Lunatic asylums Madras 1877-1891 - 1877-1891
Year: 1877
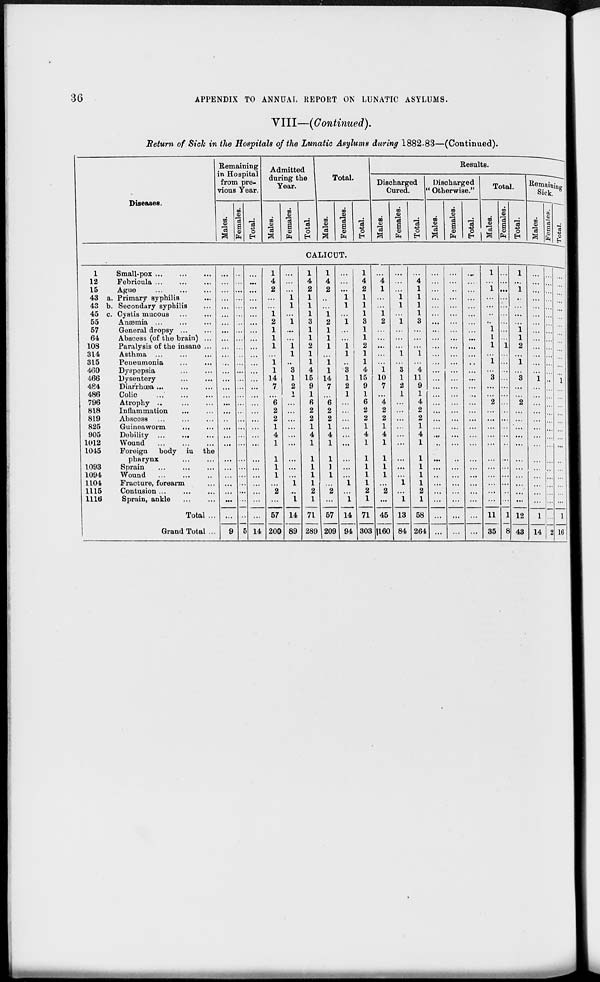
36
APPENDIX TO ANNUAL REPORT ON LUNATIC ASYLUMS.
VIII—(Continued).
Return of Sick in the Hospitals of the Lunatic Asylums during 1882-83—(Continued).
Diseases.
Remaining
from pre-
vious Year.
Males.
Females.
Total.
Admitted
during the
Year.
Males.
Females.
Total.
Total.
Males.
Females.
Total.
Results.
Discharged
Cured.
Males.
Females.
Total.
Discharged
" Otherwise."
Males.
Females.
Total.
Total.
Males.
Females.
Total.
Remaining
Sick.
Males.
Females.
Total.
CALICUT.
1
Small-pox ... ... ...
12
Febricula
...
...
...
15
Ague ... ... ...
43 a. Primary syphilis ...
43 b. Secondary syphilis ...
45 c. Cystis mucous ... ...
55
Anæmia ... ... ...
57
General dropsy ...
64
Abscess (of the brain) ...
108
Paralysis of the insane ...
314
Asthma ... ... ...
315
Peneumonia ... ...
460
Dyspepsia ... ...
466
Dysentery ... ...
484
Diarrhæa ... ... ...
486
Colic
...
...
...
796
Atrophy... ... ...
818
Inflammation ... ...
819
Abscess ... ... ...
825
Guineaworm ... ...
905
Debility
...
...
...
1012
Wound
...
...
...
1045
Foreign
body in the
pharynx ... ...
1093
Sprain
...
...
...
1094
Wound
...
...
...
1104
Fracture, forearm ...
1115
Contusion
...
...
...
1116
Sprain, ankle ... ...
Total ...
Grand Total ...
...
...
...
...
...
...
...
...
...
...
...
...
...
...
...
...
...
...
...
...
...
...
...
...
...
...
...
...
...
9
...
...
...
...
...
...
...
...
...
...
...
...
...
...
...
...
...
...
...
...
...
...
...
...
...
...
...
...
...
5
...
...
...
...
...
...
...
...
...
...
...
...
...
...
...
...
...
...
...
...
...
...
...
...
...
...
...
...
...
14
1
4
2
...
...
1
2
1
1
1
...
1
1
14
7
...
6
2
2
1
4
1
1
1
1
...
2
...
57
200
...
...
...
1
1
...
1
...
...
1
1
...
3
1
2
1
...
...
...
...
...
...
...
...
...
1
...
1
14
89
1
4
2
1
1
1
3
1
1
2
1
1
4
15
9
1
6
2
2
1
4
1
1
1
1
1
2
1
71
289
1
4
2
...
...
1
2
1
1
1
...
1
1
14
7
...
6
2
2
1
4
1
1
1
1
...
2
...
57
209
...
...
...
1
1
...
1
...
...
1
1
...
3
1
2
1
...
...
...
...
...
...
...
...
...
1
...
1
14
94
1
4
2
1
1
1
3
1
1
2
1
1
4
15
9
1
6
2
2
1
4
1
1
1
1
1
2
1
71
303
...
4
1
...
...
1
2
...
...
...
...
...
1
10
7
...
4
2
2
1
4
1
1
1
1
...
2
...
45
160
...
...
...
1
1
...
1
...
...
...
1
...
3
1
2
1
...
...
...
...
...
...
...
...
...
1
...
1
13
84
...
4
1
1
1
1
3
...
...
...
1
...
4
11
9
1
4
2
2
1
4
1
1
1
1
1
2
1
58
264
...
...
...
...
...
...
...
...
...
...
...
...
...
...
...
...
...
...
...
...
...
...
...
...
...
...
...
...
...
...
...
...
...
...
...
...
...
...
...
...
...
...
...
...
...
...
...
...
...
...
...
...
...
...
...
...
...
...
...
...
...
...
...
...
...
...
...
...
...
...
...
...
...
...
...
...
...
...
...
...
...
...
...
...
...
...
...
...
...
...
1
...
1
...
...
..
..
1
1
1
...
1
...
3
...
...
2
...
...
...
...
...
...
...
...
...
...
...
11
35
...
...
...
...
...
...
...
...
...
1
...
...
...
...
...
...
...
...
...
...
...
...
...
...
...
...
...
...
1
8
1
...
1
...
...
...
...
1
1
2
...
1
...
3
...
...
2
...
...
...
...
...
...
...
...
...
...
...
12
43
...
...
...
...
...
...
...
...
...
...
...
...
...
1
...
...
...
...
...
...
...
...
...
...
...
...
...
...
1
14
...
...
...
...
...
...
...
...
...
...
...
...
...
...
...
...
...
...
...
...
...
...
...
...
...
...
...
...
...
2
...
...
...
...
...
...
...
...
...
...
...
...
...
1
...
...
...
...
...
...
...
...
...
...
...
...
...
...
1
16